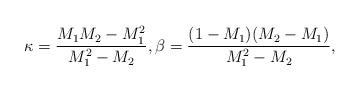
LaTeX: \begin{align*} \kappa=\frac{M_1M_2-M_1^2}{M_1^2-M_2}, \beta=\frac{(1-M_1)(M_2-M_1)}{M_1^2-M_2},\end{align*}